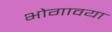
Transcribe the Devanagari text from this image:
भोगावया